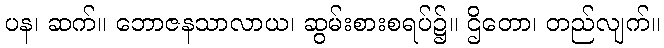
ပန၊ ဆက်။ ဘောဇနသာလာယ၊ ဆွမ်းစားစရပ်၌။ ဌိတော၊ တည်လျက်။